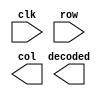
module keypad_decoder(
  input clk,
  input [3:0] row,
  output [3:0] col,
  output [3:0] decoded
);
  // YOUR CODE HERE.
endmodule